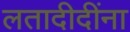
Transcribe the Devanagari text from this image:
लतादीदींना